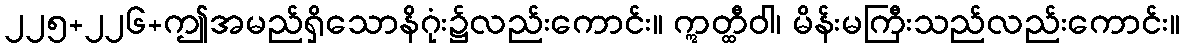
၂၂၅+၂၂၆+ဤအမည်ရှိသောနိဂုံး၌လည်းကောင်း။ ဣတ္ထီဝါ၊ မိန်းမကြီးသည်လည်းကောင်း။